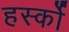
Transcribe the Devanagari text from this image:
हर्स्को